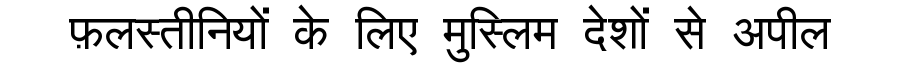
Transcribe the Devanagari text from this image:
फ़लस्तीनियों के लिए मुस्लिम देशों से अपील